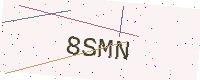
Text: 8SMN